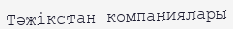
Тәжікстан компаниялары